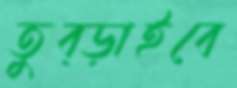
তুব্‌ড়াইবে